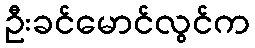
ဦးခင်မောင်လွင်က